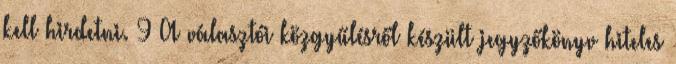
kell hirdetni. 9 A választói közgyűlésről készült jegyzőkönyv hiteles